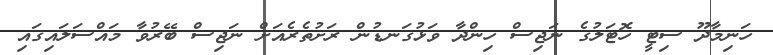
ހަނިމާދޫ ސިޓީ ހޮޓަލުގެ ނަޖިސް ހިންދާ ވަޅުގަނޑުން ރަށުތެރެއަށް ނަޖިސް ބޭރުވާ މައްސަލައިގައި